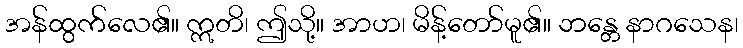
အန်ထွက်လေ၏။ ဣတိ၊ ဤသို့။ အာဟ၊ မိန့်တော်မူ၏။ ဘန္တေ နာဂသေန၊